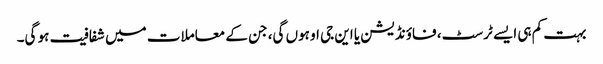
بہت کم ہی ایسے ٹرسٹ، فاؤنڈیشن یا این جی او ہوں گی، جن کے معاملات میں شفافیت ہو گی۔